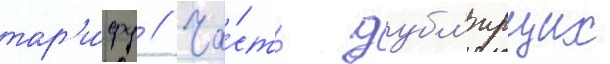
тар'и́фу // Ча́сть дубл'ирщих